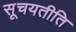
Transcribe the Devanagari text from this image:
सूचयतीति